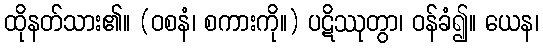
ထိုနတ်သား၏။ (ဝစနံ၊ စကားကို။) ပဋိဿုတွာ၊ ဝန်ခံ၍။ ယေန၊